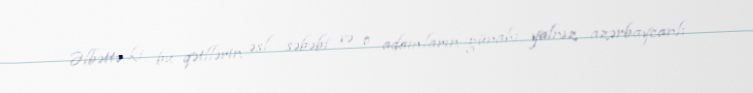
Əlbəttə ki, bu qətllərin əsl səbəbi və o adamların günahı yalnız azərbaycanlı